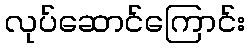
လုပ်ဆောင်ကြောင်း